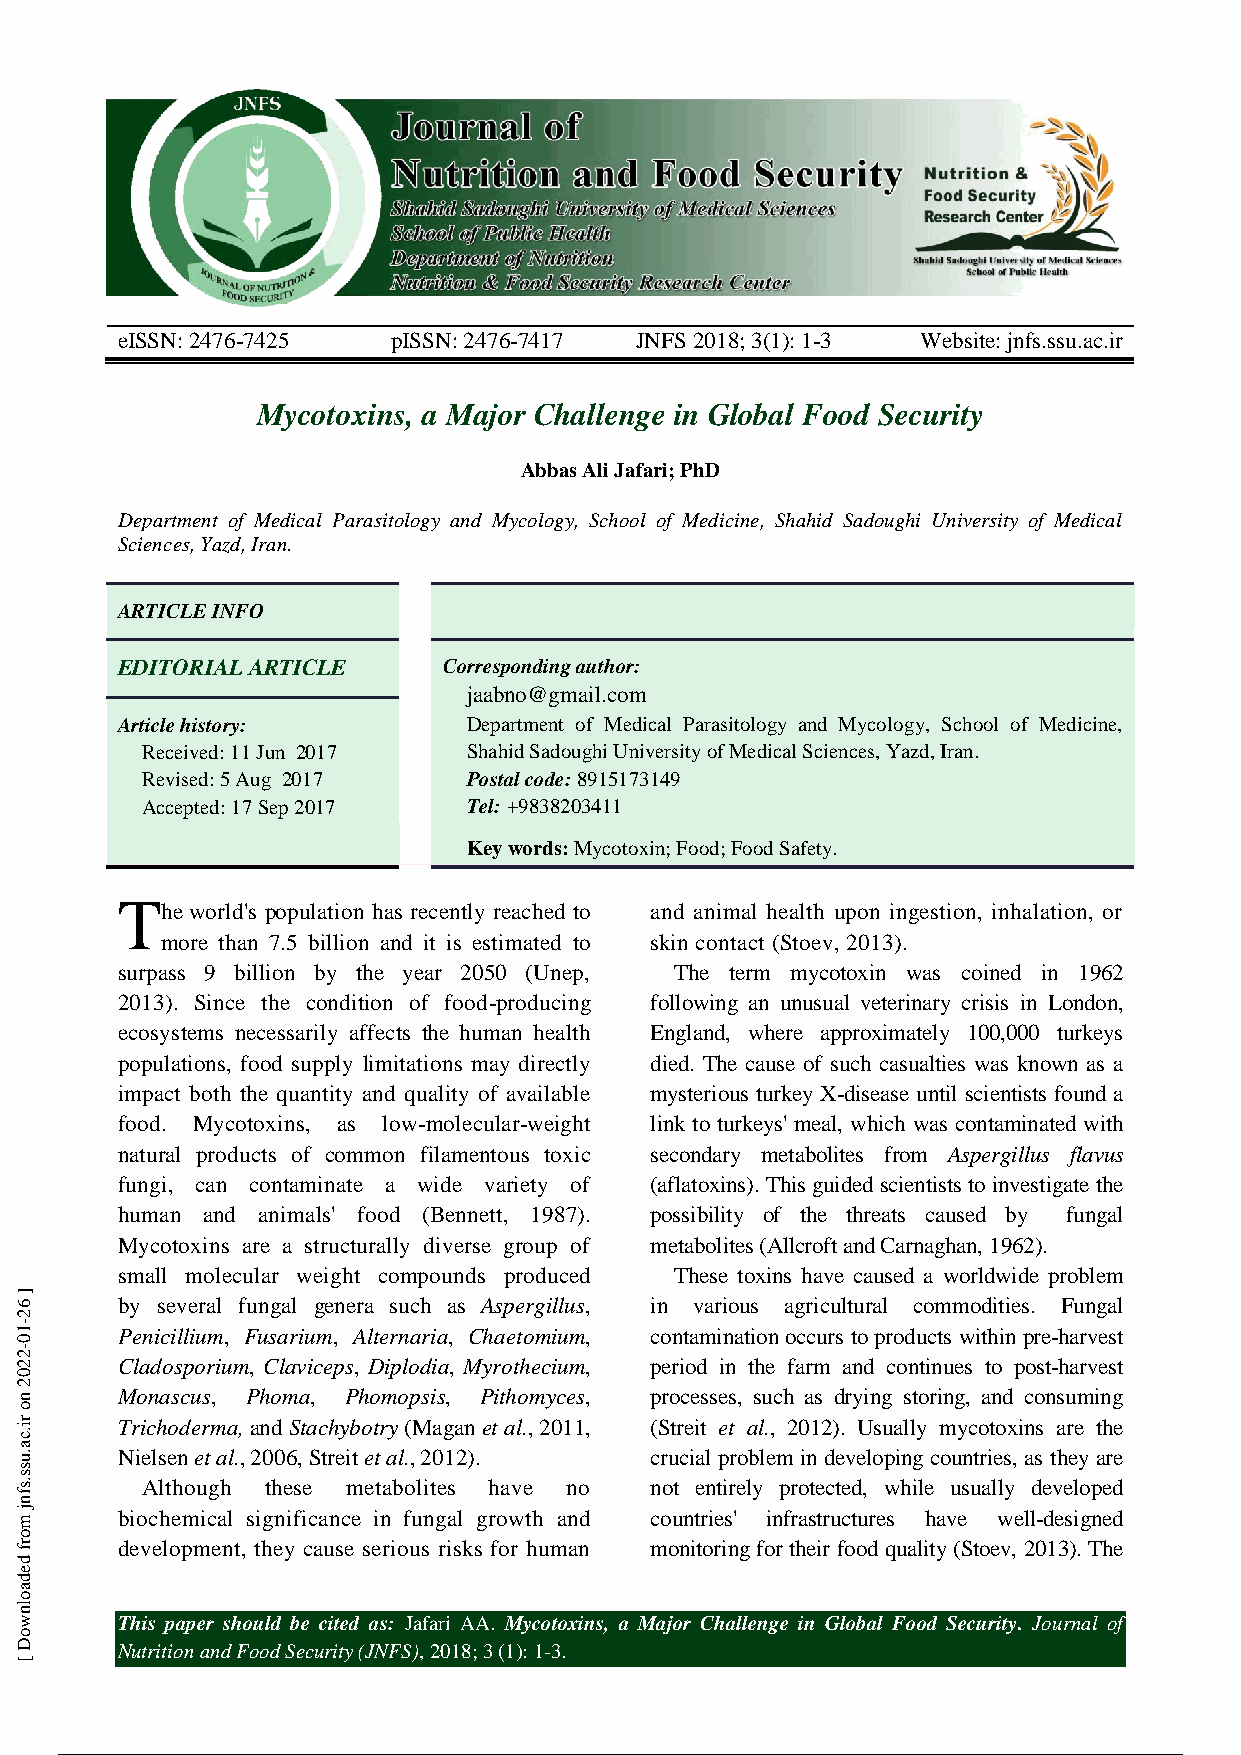
eISSN: 2476-7425  pISSN: 2476-7417 JNFS 2018; 3(1): 1-3 Website: jnfs.ssu.ac.ir
 Mycotoxins, a Major Challenge in Global Food Security
 Abbas Ali Jafari; PhD
 Department of Medical Parasitology and Mycology, School of Medicine, Shahid Sadoughi University of Medical
 Sciences, Yazd, Iran.
 ARTICLE INFO
 EDITORIAL ARTICLE    Corresponding author:
 jaabno@gmail.com
 Article history:       Department of Medical Parasitology and Mycology, School of Medicine,
 Received: 11 Jun 2017 Shahid Sadoughi University of Medical Sciences, Yazd, Iran.
 Revised: 5 Aug 2017   Postal code: 8915173149
 Accepted: 17 Sep 2017 Tel: +9838203411
 Key words: Mycotoxin; Food; Food Safety.
 T
 he world's population has recently reached to and animal health upon ingestion, inhalation, or
 more than 7.5 billion and it is estimated to skin contact (Stoev, 2013).
 surpass 9 billion by the year 2050 (Unep, The term mycotoxin was coined in 1962
 2013). Since the condition of food-producing following an unusual veterinary crisis in London,
 ecosystems necessarily affects the human health England, where approximately 100,000 turkeys
 populations, food supply limitations may directly died. The cause of such casualties was known as a
 impact both the quantity and quality of available mysterious turkey X-disease until scientists found a
 food. Mycotoxins, as low-molecular-weight link to turkeys' meal, which was contaminated with
 natural products of common filamentous toxic secondary metabolites from Aspergillus flavus
 fungi, can contaminate a wide variety of (aflatoxins). This guided scientists to investigate the
 human and animals' food (Bennett, 1987). possibility of the threats caused by fungal
 Mycotoxins are a structurally diverse group of metabolites (Allcroft and Carnaghan, 1962).
 small molecular weight compounds produced These toxins have caused a worldwide problem
 by several fungal genera such as Aspergillus, in various agricultural commodities. Fungal
 Penicillium, Fusarium, Alternaria, Chaetomium, contamination occurs to products within pre-harvest
 Cladosporium, Claviceps, Diplodia, Myrothecium, period in the farm and continues to post-harvest
 Monascus, Phoma, Phomopsis, Pithomyces, processes, such as drying storing, and consuming
 Trichoderma, and Stachybotry (Magan et al., 2011, (Streit et al., 2012). Usually mycotoxins are the
 Nielsen et al., 2006, Streit et al., 2012). crucial problem in developing countries, as they are
 Although these metabolites have no not entirely protected, while usually developed
 biochemical significance in fungal growth and countries' infrastructures have well-designed
 development, they cause serious risks for human monitoring for their food quality (Stoev, 2013). The
 This paper should be cited as: Jafari AA. Mycotoxins, a Major Challenge in Global Food Security. Journal of
 Nutrition and Food Security (JNFS), 2018; 3 (1): 1-3.
 1 / 3
 ]
 62-10-2202
 no
 ri.ca.uss.sfnj
 morf
 dedaolnwoD
 [